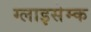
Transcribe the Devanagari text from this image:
ग्लाइसेम्क